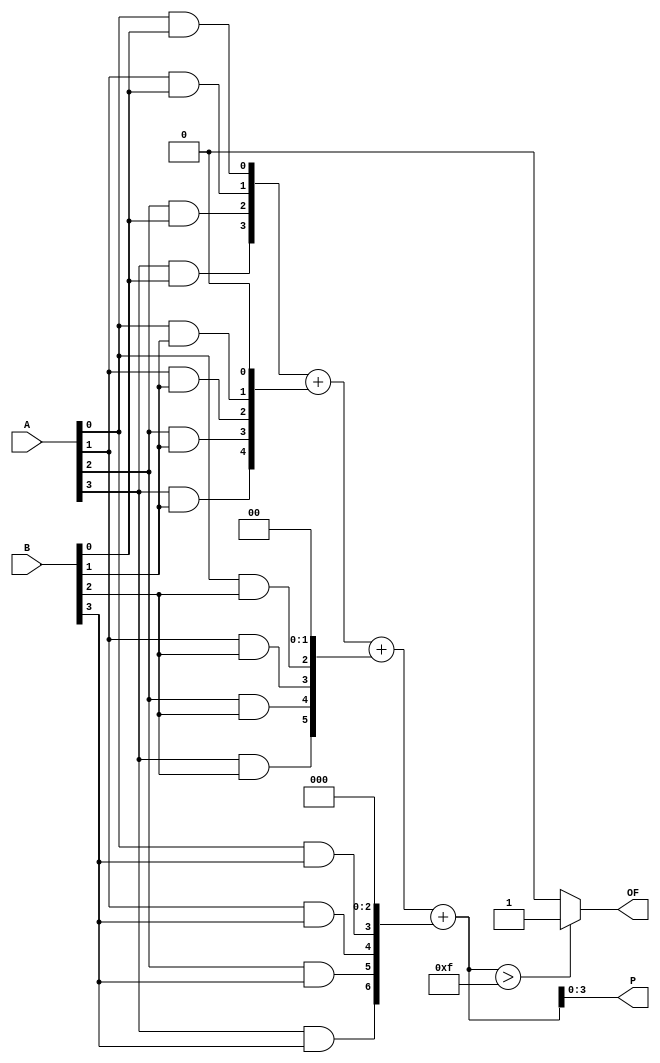
`timescale 1ns / 1ps
//////////////////////////////////////////////////////////////////////////////////
// Company: University of Missouri-Kansas City
// Module Name: multiply_4b
// Project Name: Final_228
//////////////////////////////////////////////////////////////////////////////////


module multiply_4b(
    input [3:0] A,
    input [3:0] B,
    output reg [3:0] P,
    output reg OF
    );
    
    wire [7:0] a0, a1, a2, a3;
    wire [7:0] P8b;
    
    assign a0 = {4'b0000, A[3] & B[0], A[2] & B[0], A[1] & B[0], A[0] & B[0]};
    assign a1 = {3'b000, A[3] & B[1], A[2] & B[1], A[1] & B[1], A[0] & B[1],1'b0};
    assign a2 = {2'b00, A[3] & B[2], A[2] & B[2], A[1] & B[2], A[0] & B[2],2'b00};
    assign a3 = {1'b0, A[3] & B[3], A[2] & B[3], A[1] & B[3], A[0]& B[3],3'b000};
    
    assign P8b = a0 + a1 + a2 + a3;
    
    always@(*) 
    begin
        if(P8b > 8'b00001111)
        begin
            P <= P8b[3:0];
            OF <= 1'b1;
        end
        else 
        begin
            P <= P8b[3:0];
            OF <= 1'b0;
        end
    end
    
endmodule